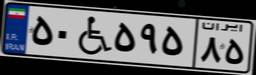
۵۰W۵۹۵۸۵